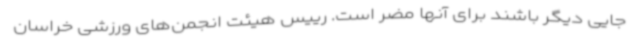
جایی دیگر باشند برای آنها مضر است. رییس هیئت انجمن‌های ورزشی خراسان